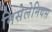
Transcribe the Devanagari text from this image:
मिसेलेनियस